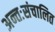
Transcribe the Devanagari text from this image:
अन्तःसंचालित